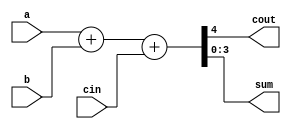
`timescale 1ns / 1ps
//////////////////////////////////////////////////////////////////////////////////

module RCA_4bit_df(a,b,cin,cout,sum);
	//parameter N = 7;
	input [3:0]a,b;
	input cin;
	output [3:0]sum;
	output cout;
	
	assign {cout,sum} = a + b + cin;
	

endmodule